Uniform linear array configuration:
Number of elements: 24
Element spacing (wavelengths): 0.25
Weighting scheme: binomial
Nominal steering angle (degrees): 45
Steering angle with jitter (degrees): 46.449
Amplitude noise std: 0.05
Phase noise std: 0.05

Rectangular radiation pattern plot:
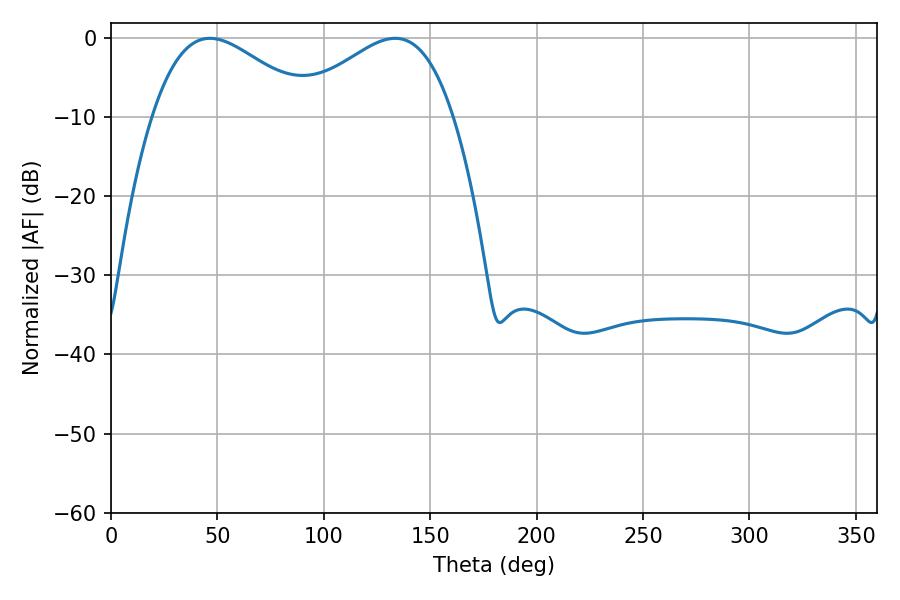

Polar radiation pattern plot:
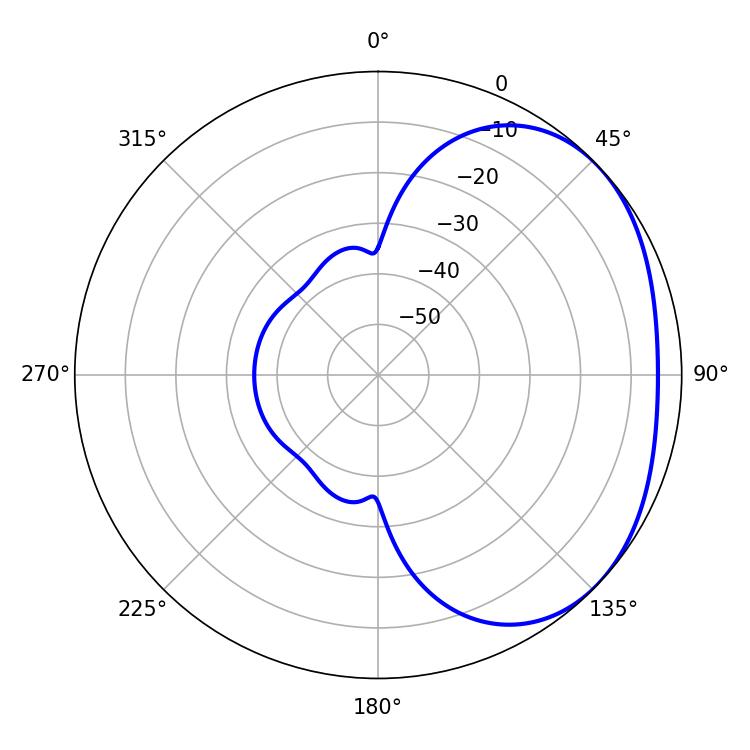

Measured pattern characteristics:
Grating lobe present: FALSE
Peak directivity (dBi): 2.4
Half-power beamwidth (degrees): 40.5
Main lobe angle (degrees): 46.44